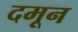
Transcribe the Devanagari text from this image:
दमून